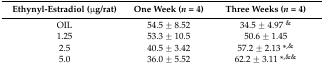
<table><thead><tr><td><b>Ethynyl-Estradiol (μg/rat)</b></td><td><b>One Week (<i>n</i> = 4)</b></td><td><b>Three Weeks (<i>n</i> = 4)</b></td></tr></thead><tbody><tr><td>OIL</td><td>54.5 ± 8.52</td><td>34.5 ± 4.97 <sup>&amp;</sup></td></tr><tr><td>1.25</td><td>53.3 ± 10.5</td><td>50.6 ± 1.45</td></tr><tr><td>2.5</td><td>40.5 ± 3.42</td><td>57.2 ± 2.13 *<sup>,&amp;</sup></td></tr><tr><td>5.0</td><td>36.0 ± 5.52</td><td>62.2 ± 3.11 *<sup>,&amp;&amp;</sup></td></tr></tbody></table>